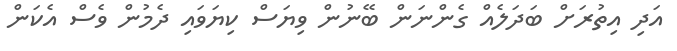
އަދި އިތުރަށް ބަދަލެއް ގެންނަން ބޭނުން ވިޔަސް ކިޔަވައި ދެމުން ވެސް އެކަން